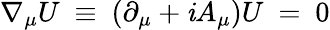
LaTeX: \nabla_{\mu}U~\equiv~(\partial_{\mu}+\mathit{i}A_{\mu})U~=~0